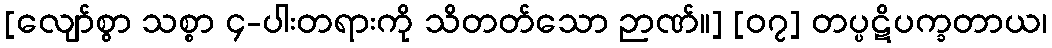
[လျော်စွာ သစ္စာ ၄-ပါးတရားကို သိတတ်သော ဉာဏ်။] [၀၇] တပ္ပဋိပက္ခတာယ၊